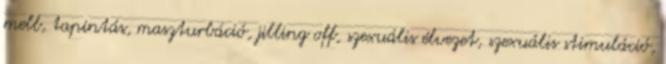
mell, tapintás, maszturbáció, jilling off, szexuális élvezet, szexuális stimuláció,